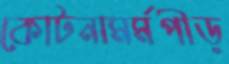
কোটনামর্মপীড়